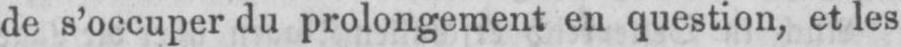
de s’occuper du prolongement en question, et les